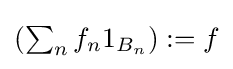
{\textstyle \left(\sum _{n}f_{n}1_{B_{n}}\right):=f}